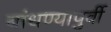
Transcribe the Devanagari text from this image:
बांधण्यापुर्वी